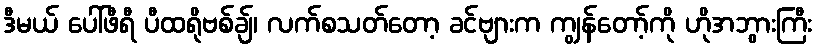
ဒီမယ် ပေါ်ဖီရီ ပီထရိုဗစ်ချ်၊ လက်စသတ်တော့ ခင်ဗျားက ကျွန်တော့်ကို ဟိုအဘွားကြီး